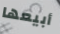
أبيعها